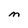
Character: M